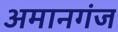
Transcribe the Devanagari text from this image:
अमानगंज